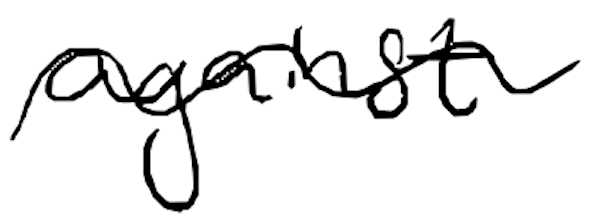
Text: against
Cross-out: wave
Writing tool: digital_black